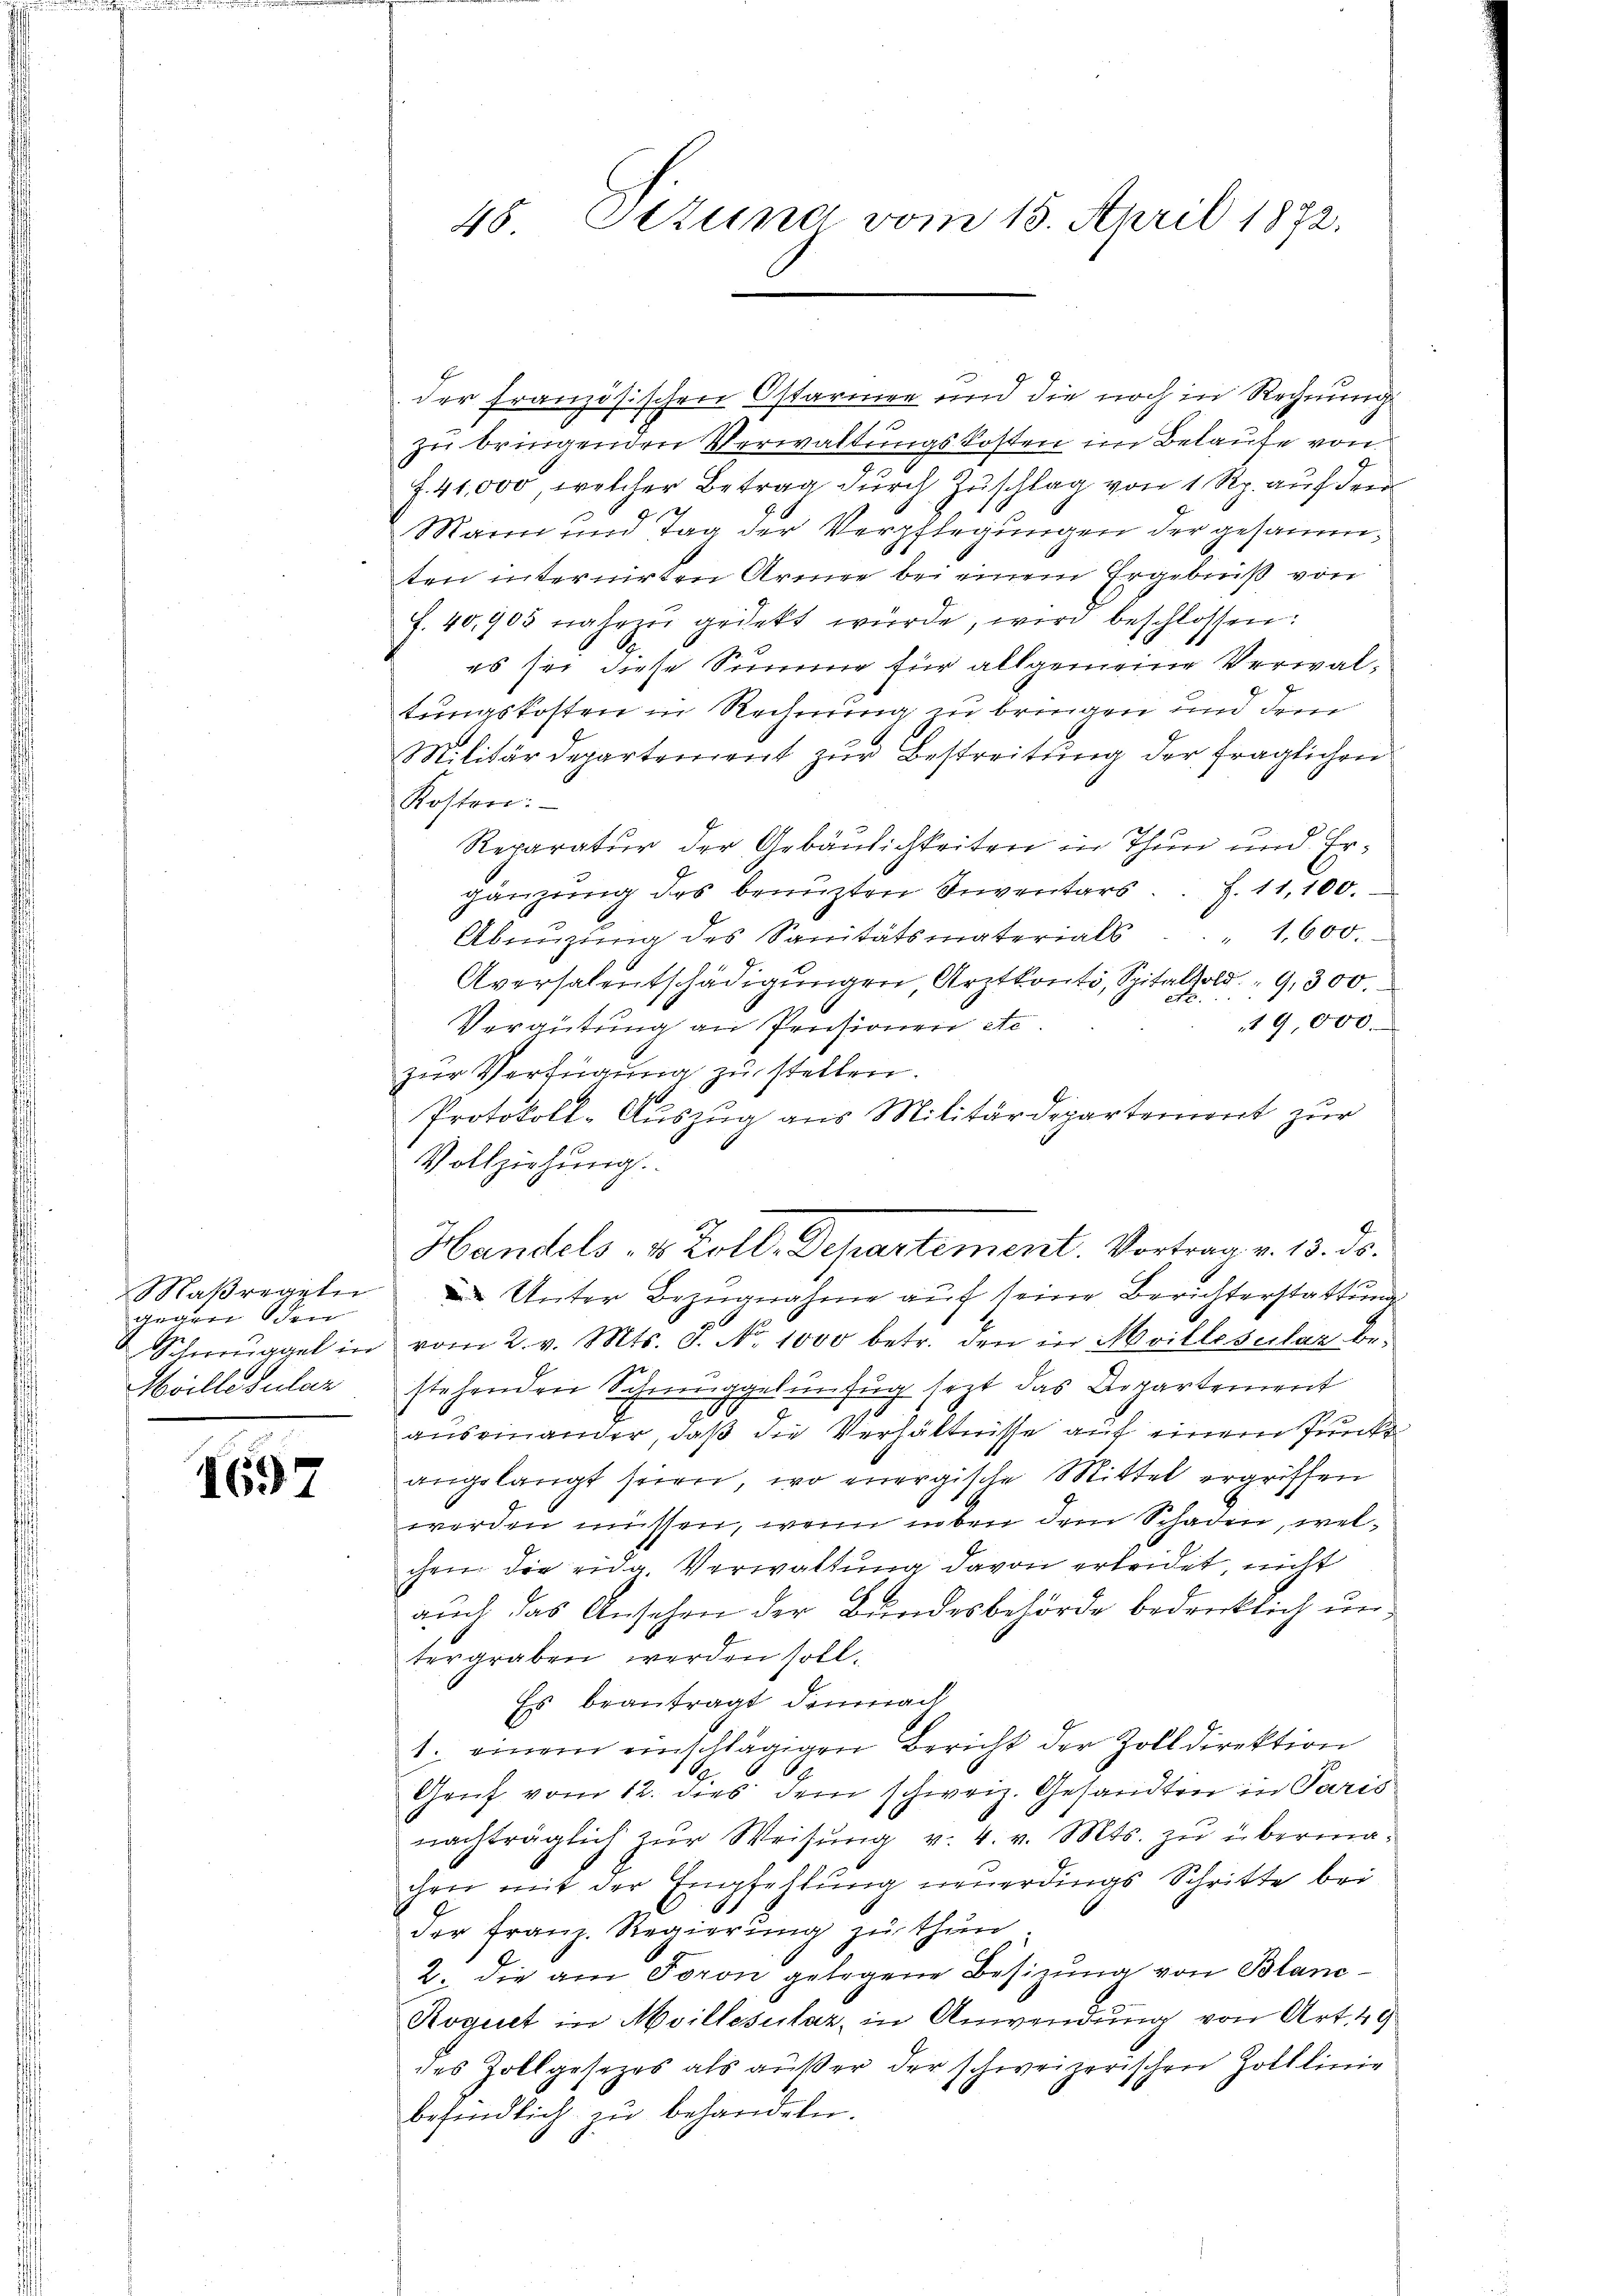
Maßregeln
gegen den

1697

48. Sttung vom 15. April 1872.

der französischen Ostarmen und die noch in Rechnung
zu bringenden Verwaltungskosten im Belaufe von
7
3
f. 41,000, welcher Betrag durch Zuschlag von 1 Rp. auf der
t
Mann und Tag der Verpflegungen der gesammten internirten Armee bei einem Ergebniß von
f. 40,905 nahezu gedekt würde, wird beschlossen:
es sei diese Summe für allgemeine Verwaltungskosten in Rechnung zu bringen und dem
Militärdepartement zŭr Bestreitung der fraglichen
Kosten:
Reparatur der Gebäulichkeiten in Thun und Ergänzung des benuzten Inventars. Z. 11,100.
Abnüzŭng des Sanitätsmaterials . . 1600.
Aversalentschädigungen, Arztkonti, Spitalfold. 9, 300.
19,000.
Vergütung an Pensionen etc.
zŭr Verfügung zu stellen.
Protokoll-Aŭszŭg ans Militärdepartement zŭr
Vollziehung.
 Unter Bezugnahme auf seine Berichterstattung
Schweigel in vom 2. v. Mts. S. Nr. 1000 betr. den in Moilloscilaz be-
Moillezular stehenden Schmuggelunfug jezt das Departement
auseinander, daß die Verhältnisse auf einem Punkt
angelangt seien, wo energische Mittel ergriffen
werden müssen, wenn neben dem Schaden, welchen die eidg. Verwaltung davon erleidet, nicht
auch das Ansehen der Bundesbehörde bedenklich untergraben werden soll.
Es beantragt, demnach
1. einem einschlägigen Bericht der Zolldirektion
Gruf vom 12. dies dem schweiz. Gesandten in Paris
nachträglich zŭr Weisŭng v. 4. v. Mts. zŭ übermachen mit der Empfehlung neuerdings Schritte bei
der Franz. Regierung zu thun
2. die am Foron gelegene Besizung von Blanc¬
Roguet in Moillesutaz, in Anwendung von Art. 49
des Zollgesezes als außer der schweizerischen Zolllinie
befindlich zu behandeln.

Handels- & Zoll. Departement. Vortrag v. 13. ds.